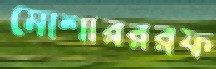
মোশারররফ